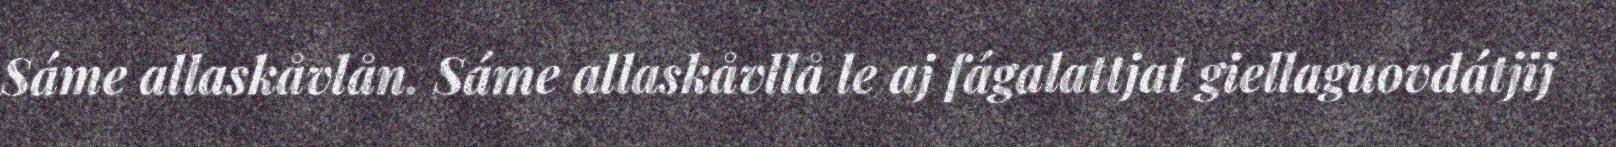
Sáme allaskåvlån. Sáme allaskåvllå le aj fágalattjat giellaguovdátjij